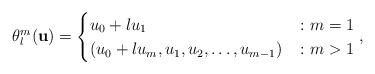
LaTeX: \begin{align*} \theta^m_l(\mathbf{u}) =\begin{cases} u_0 + l u_1 & \colon m=1 \\ (u_0 + l u_m, u_1, u_2, \dots, u_{ m - 1 }) & \colon m > 1\end{cases},\end{align*}